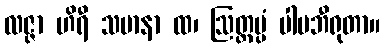
လဇ္ဇာ ဟိရီ သမာနာ ထ၊ ဩတ္တပ္ပံ ပါပဘီရုတာ။